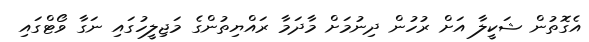
އެގޮތުން ޝަކީލާ އަށް ރުހުން ދިނުމަށް މާދަމާ ރައްޔިތުންގެ މަޖިލީހުގައި ނަގާ ވޯޓްގައި